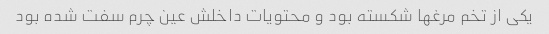
یکی از تخم مرغها شکسته بود و محتویات داخلش عین چرم سفت شده بود